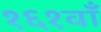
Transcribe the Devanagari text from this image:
१६१वाँ